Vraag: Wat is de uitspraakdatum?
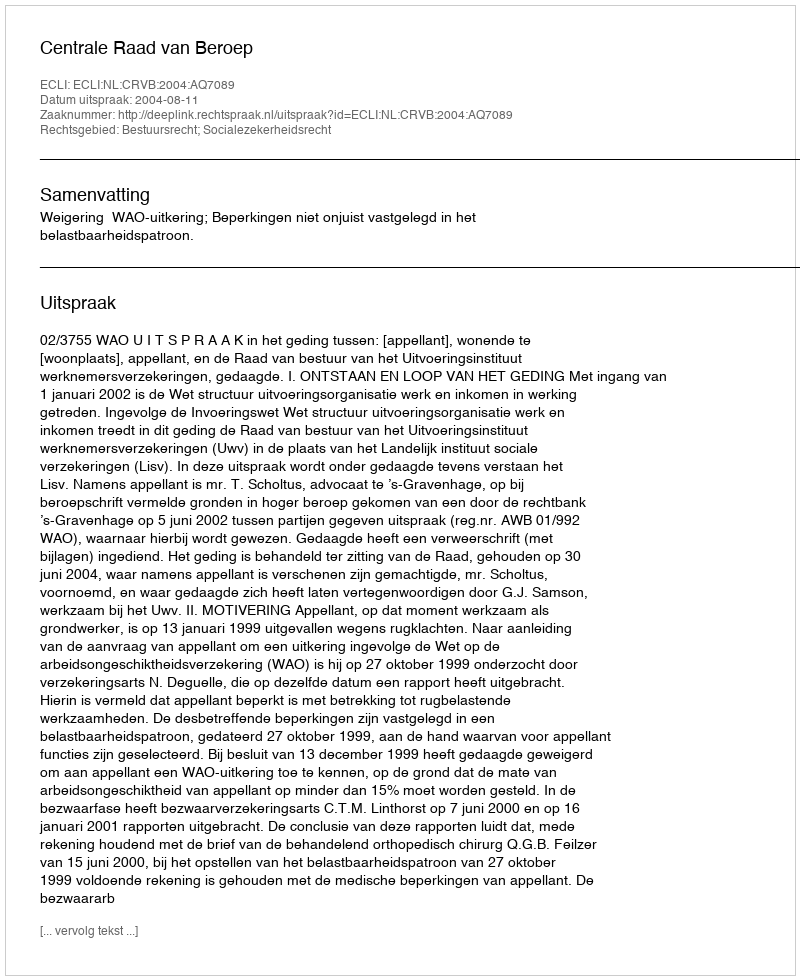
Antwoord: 2004-08-11